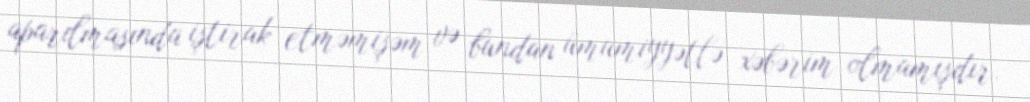
aparılmasında iştirak etməmişəm və bundan ümumiyyətlə xəbərim olmamışdır.